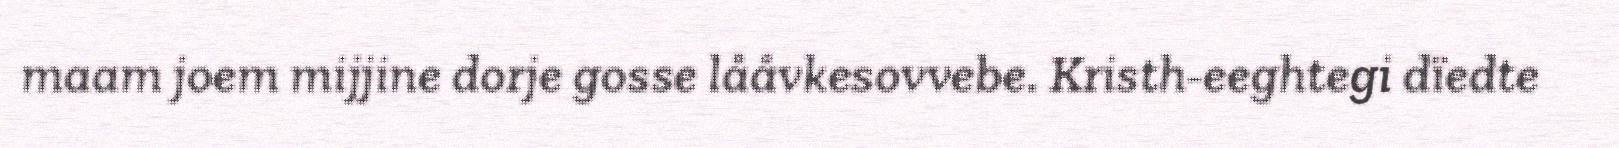
maam joem mijjine dorje gosse lååvkesovvebe. Kristh-eeghtegi dïedte